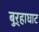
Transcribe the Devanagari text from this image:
बुऱ्हाघाट